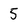
Character: 5